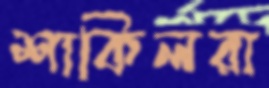
শাকিলরা